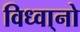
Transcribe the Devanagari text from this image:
विध्वा्नो